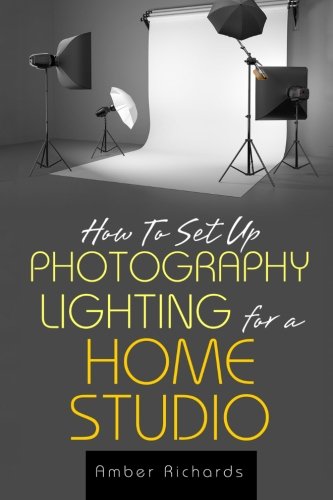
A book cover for How to Set Up Photography Lighting for a Home Studio; Amber Richards; Arts & Photography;